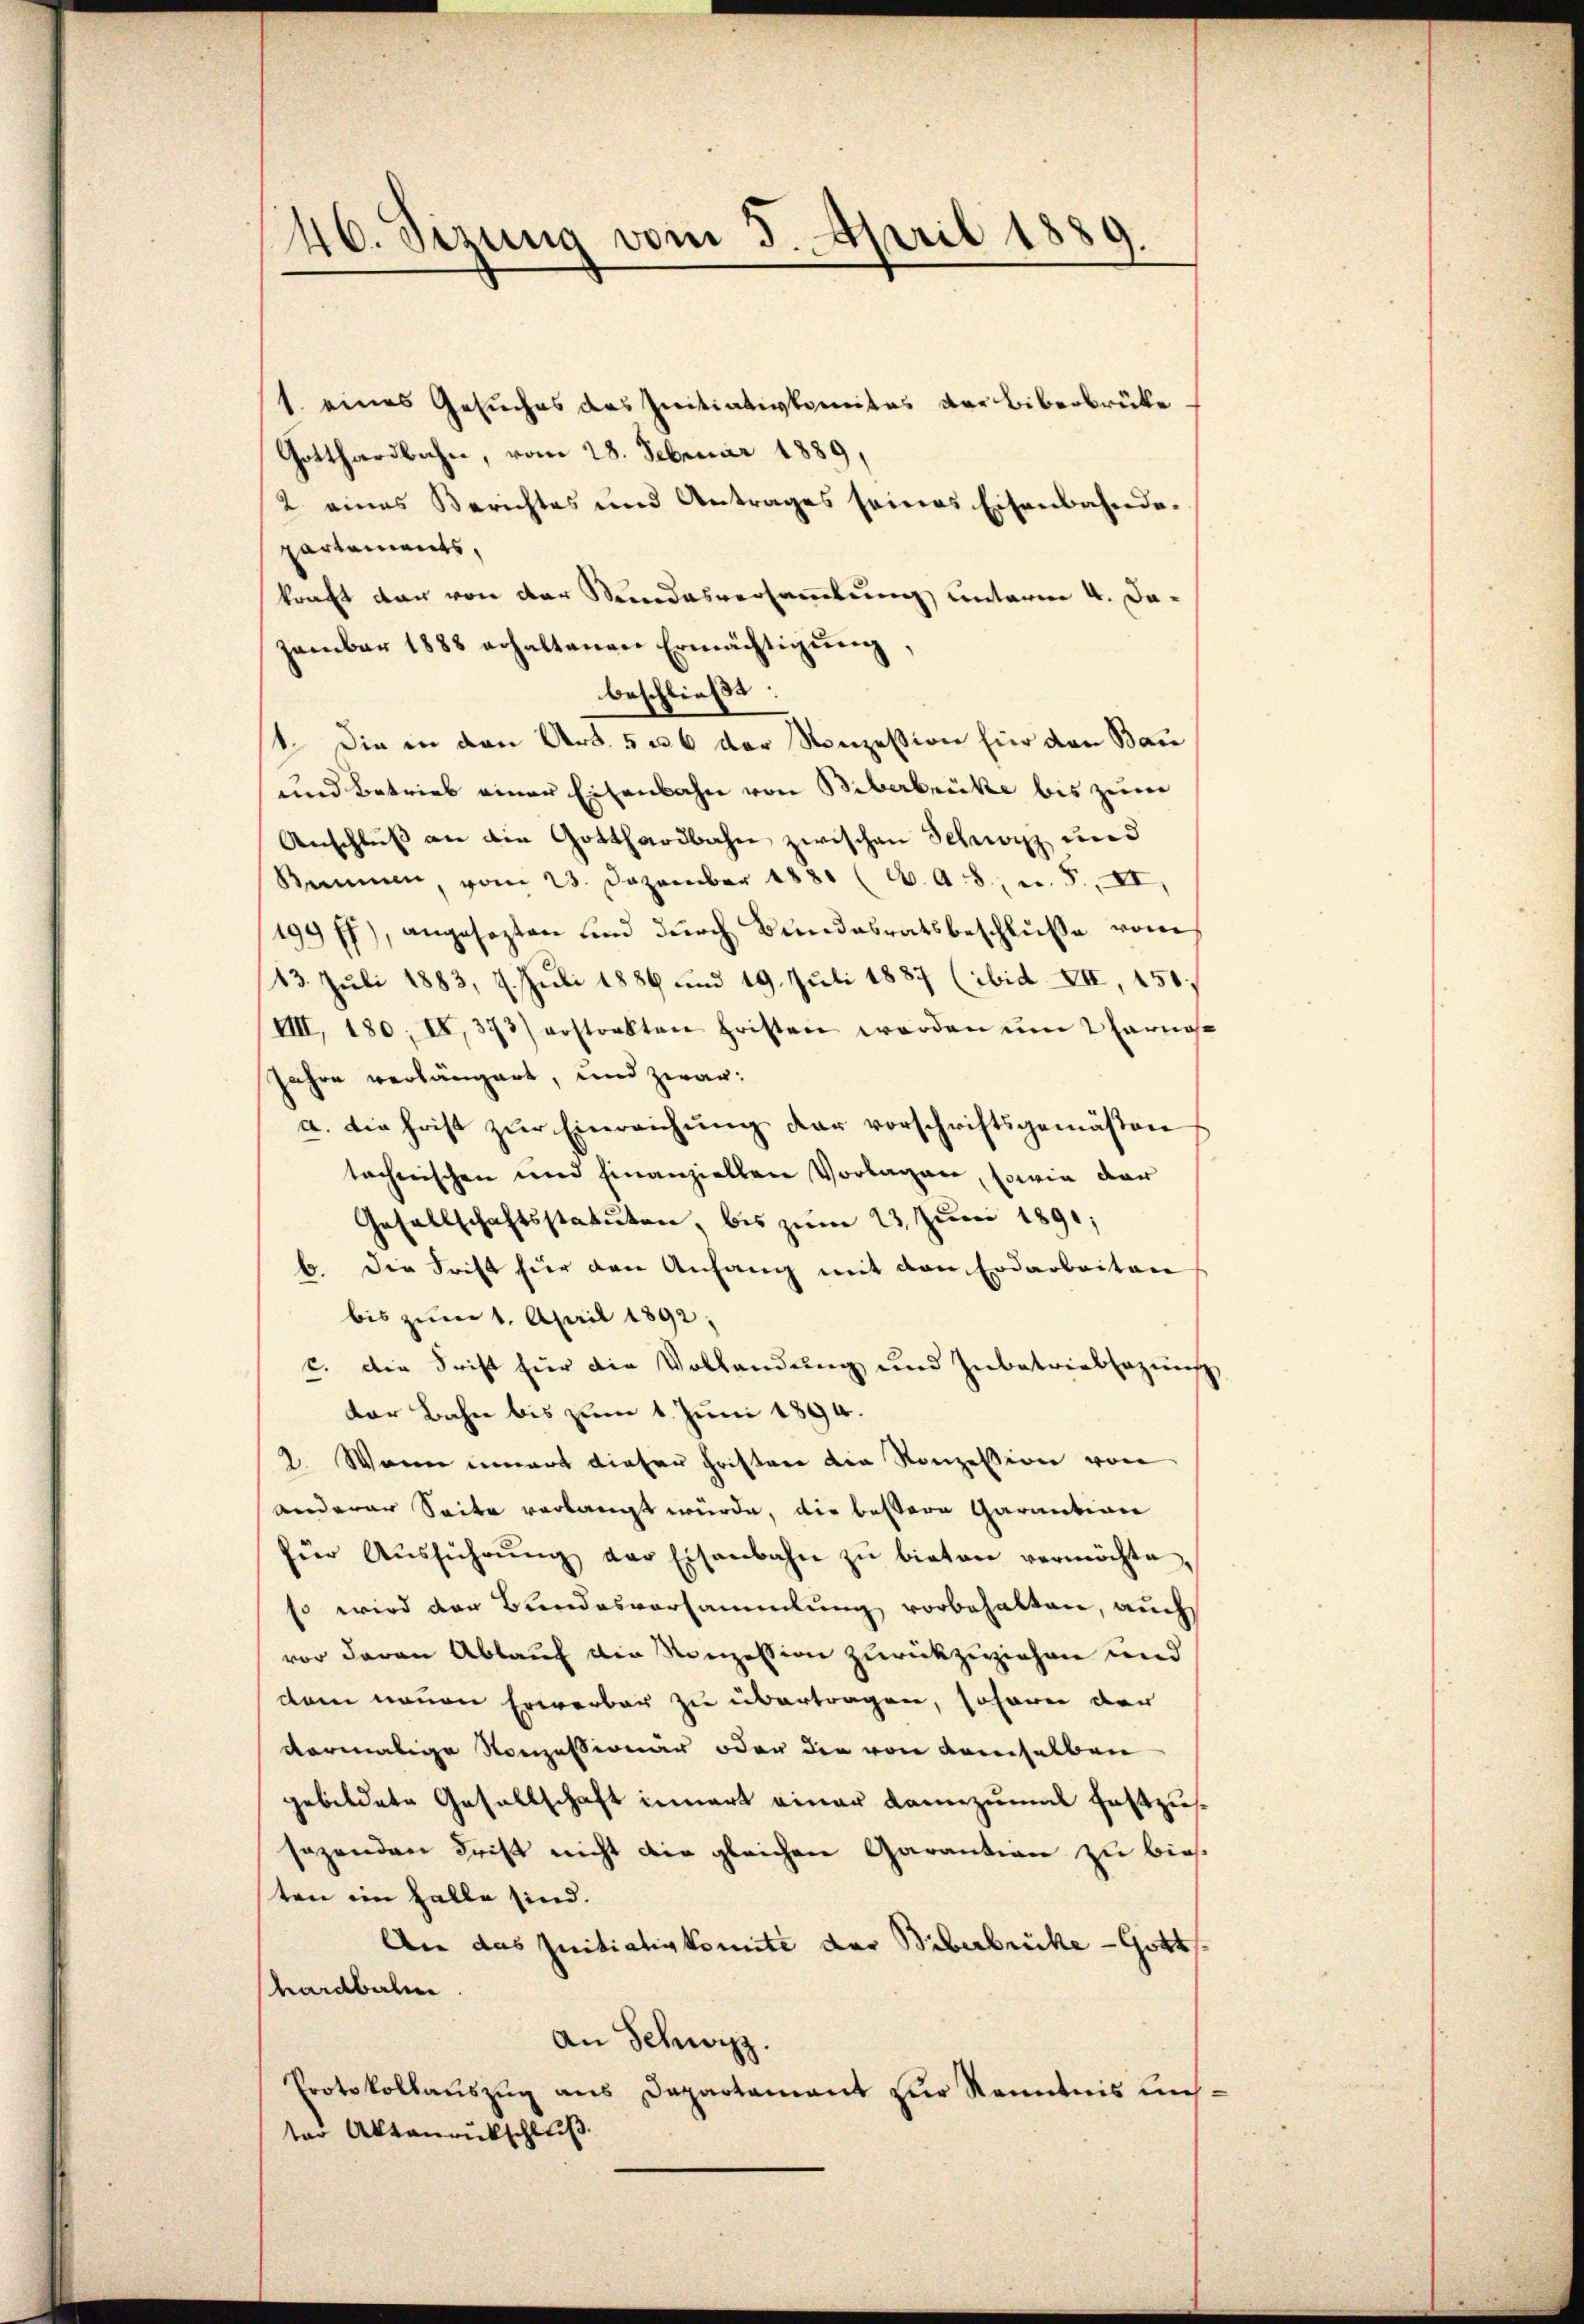
446. Sizung vom 5. April 1889.

1 eines Gesuches des Initiativkomites der liberbrüke
Gotthardbahn, vom 28. Februar 1889,
2 eines Berichtes und Antrages seines Eisenbahnde-
partements,
kraft der von der Stundesversammlung unterm 4. Dazember 1888 erhaltenen Ermächtigung,
beschließt:
1. Die in den Art. 5 u 6 der Konzession für den Bau
und Betrieb einer Eisenbahn von Biberbrücke bis zum
Anschluß an die Gotthardbahne zwischen Schwarz und
Bommen, vom 23. Dezember 1881 (2. A 8., n. F. XI,
199 ff.), angesezten und durch Bundesratsbeschluße vom
13. Juli 1883, 9. Juli 1886 und 19. Juli 1887 (ibid. VII, 151;
VIII. 180; II, 373) erstrakten Fristen werden ŭm Tarnose
Jahre verlängert, und zwar:
a. die frist zŭr Einreichŭng der vorschriftsgemäßen
tacherischen und finanziellen Vorlagen, sowie dar
Gesellschaftsstatuten, bis zum 23. Juni 1891;
b. Die Frist für den Anfang mit den Erdarbeiten
bis zum 1. April 1892;
c. Die Frist für die Vollendung und Inbetriebsazung
dor Bahn bis zum 1. Juni 1894.
2. Wann innert dieser Frister die Konzession von
anderer Seite verlangt würde, die bestere Garantion
für Aŭsführŭng der Eisenbahn zŭ bieten vermöchte
so wird der Bundesversammlung vorbehalten, auch
vor daran Ablauf die Konzession zurückzuziehen und
dem neuen Erwerber zu übertragen, sofern der
dermalige Konzessionär oder den von demselben
gebildete Gesellschaft innert einer dannzumal festzussazenden Frist nicht die gleichen Garantion zu biesten im Halle sind.
An das Initiativkomite der Biberbrücke - Gotts.
hardbahn
An Schwyz.
Protokollauszug aus Departement zur Kenntnis unster Akteurukschluß